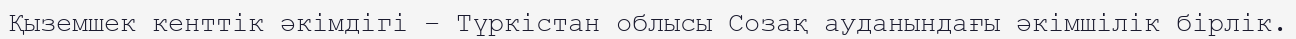
Қыземшек кенттік әкімдігі – Түркістан облысы Созақ ауданындағы әкімшілік бірлік.